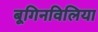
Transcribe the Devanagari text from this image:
बूगिनविलिया